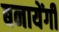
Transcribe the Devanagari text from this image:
बनायेंगी